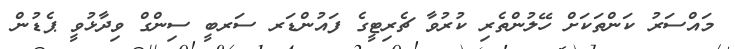
މައްސަރު ކަންތަކަށް ހޭލުންތެރި ކުރުވާ ޗެރިޓީގެ ފައުންޑަރ ސަރބީ ސިންގް ވިދާޅުވީ ޕެޑުން